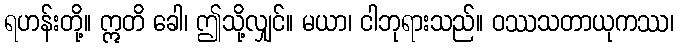
ရဟန်းတို့။ ဣတိ ခေါ၊ ဤသို့လျှင်။ မယာ၊ ငါဘုရားသည်။ ဝဿသတာယုကဿ၊